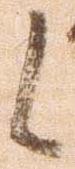
候